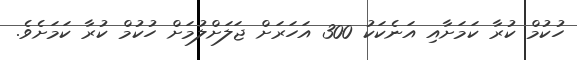
ހުކުމް ކުރާ ކަމަށާއި އަނެކަކު 300 އަހަރަށް ޖަލަށްލުމަށް ހުކުމް ކުރާ ކަމަށެވެ.